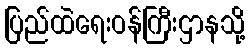
ပြည်ထဲရေးဝန်ကြီးဌာနသို့